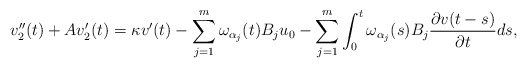
\begin{align*} v_2''(t) + Av_2'(t) = \kappa v'(t) - \sum\limits_{j=1}^{m}\omega_{\alpha_j}(t)B_ju_0 - \sum\limits_{j=1}^{m} \int_0^t \omega_{\alpha_j}(s)B_j \frac{\partial v(t-s)}{\partial t} ds, \end{align*}